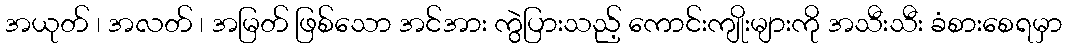
အယုတ် ၊ အလတ် ၊ အမြတ် ဖြစ်သော အင်အား ကွဲပြားသည့် ကောင်းကျိုးများကို အသီးသီး ခံစားစေရမှာ